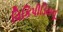
વિકિપીડિયનૂ